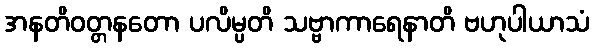
အနတိဝတ္တနတော ပလိမ္ပတိ သဗ္ဗာကာရေနာတိ ဗဟုပါယာသံ